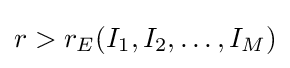
r>r_{E}(I_{1},I_{2},\ldots ,I_{M})